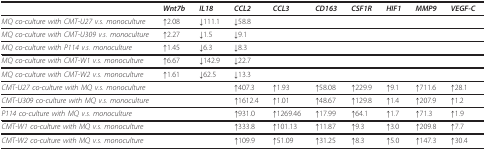
|  | Wnt7b | IL18 | CCL2 | CCL3 | CD163 | CSF1R | HIF1 | MMP9 | VEGF-C |
 | --- | --- | --- | --- | --- | --- | --- | --- | --- | --- |
 | MQ co-culture with CMT-U27 v.s. monoculture | ↑2.08 | ↓111.1 | ↓58.8 |  |  |  |  |  |  |
 | MQ co-culture with CMT-U309 v.s. monoculture | ↑2.27 | ↓1.5 | ↓9.1 |  |  |  |  |  |  |
 | MQ co-culture with P114 v.s. monoculture | ↑1.45 | ↓6.3 | ↓8.3 |  |  |  |  |  |  |
 | MQ co-culture with CMT-W1 v.s. monoculture | ↑6.67 | ↓142.9 | ↓22.7 |  |  |  |  |  |  |
 | MQ co-culture with CMT-W2 v.s. monoculture | ↑1.61 | ↓62.5 | ↓13.3 |  |  |  |  |  |  |
 | CMT-U27 co-culture with MQ v.s. monoculture |  |  | ↑407.3 | ↑1.93 | ↑58.08 | ↑229.9 | ↑9.1 | ↑711.6 | ↑28.1 |
 | CMT-U309 co-culture with MQ v.s. monoculture |  |  | ↑1612.4 | ↑1.01 | ↑48.67 | ↑129.8 | ↑1.4 | ↑207.9 | ↑1.2 |
 | P114 co-culture with MQ v.s. monoculture |  |  | ↑931.0 | ↑1269.46 | ↑17.99 | ↑64.1 | ↑1.7 | ↑71.3 | ↑1.9 |
 | CMT-W1 co-culture with MQ v.s. monoculture |  |  | ↑333.8 | ↑101.13 | ↑11.87 | ↑9.3 | ↑3.0 | ↑209.8 | ↑7.7 |
 | CMT-W2 co-culture with MQ v.s. monoculture |  |  | ↑109.9 | ↑51.09 | ↑31.25 | ↑8.3 | ↑5.0 | ↑147.3 | ↑30.4 |